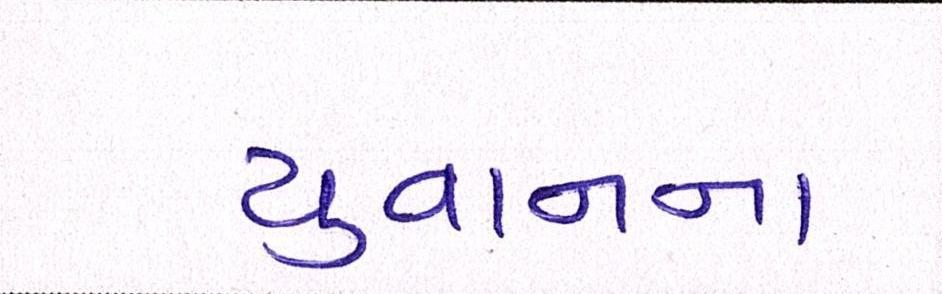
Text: યુવાનના